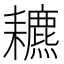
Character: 𦔩